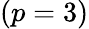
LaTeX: (p=3)